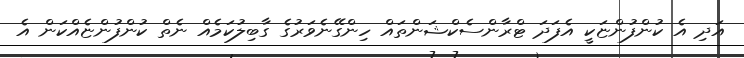
އަދި އެ ކުންފުންޏަކީ އެފަދަ ޓްރާންސެކްޝަންތައް ހިންގޭނެވަރުގެ ގާބިލުކަމެއް ނެތް ކުންފުންޏެއްކަން އެ